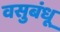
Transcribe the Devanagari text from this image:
वसुबंधू